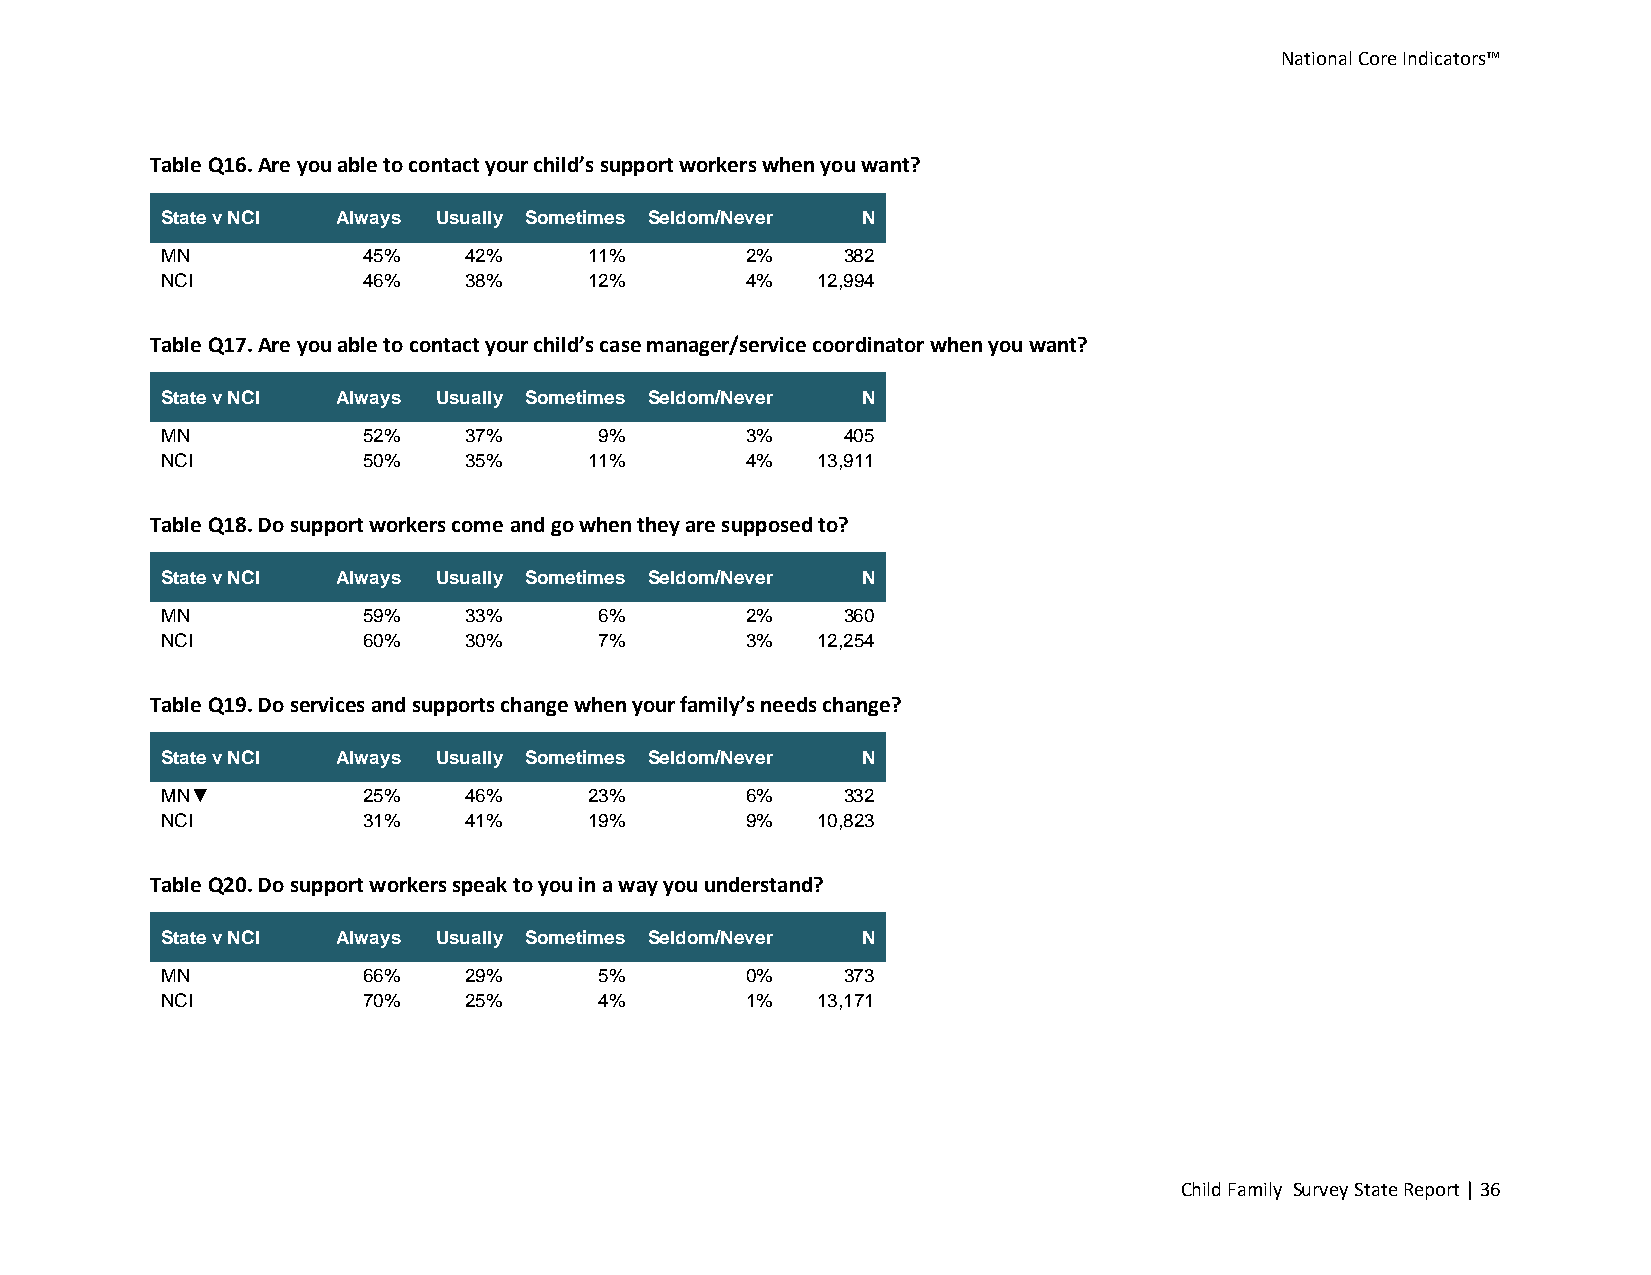
National Core Indicators™
 Table Q16. Are you able to contact your child’s support workers when you want?
 State v NCI Always Usually Sometimes Seldom/Never N
 MN           45%    42%     11%       2%     382
 NCI          46%    38%     12%       4%   12,994
 Table Q17. Are you able to contact your child’s case manager/service coordinator when you want?
 State v NCI Always Usually Sometimes Seldom/Never N
 MN           52%    37%      9%       3%     405
 NCI          50%    35%     11%       4%   13,911
 Table Q18. Do support workers come and go when they are supposed to?
 State v NCI Always Usually Sometimes Seldom/Never N
 MN           59%    33%      6%       2%     360
 NCI          60%    30%      7%       3%   12,254
 Table Q19. Do services and supports change when your family’s needs change?
 State v NCI Always Usually Sometimes Seldom/Never N
 MN▼          25%    46%     23%       6%     332
 NCI          31%    41%     19%       9%   10,823
 Table Q20. Do support workers speak to you in a way you understand?
 State v NCI Always Usually Sometimes Seldom/Never N
 MN           66%    29%      5%       0%     373
 NCI          70%    25%      4%       1%   13,171
 Child Family Survey State Report | 36